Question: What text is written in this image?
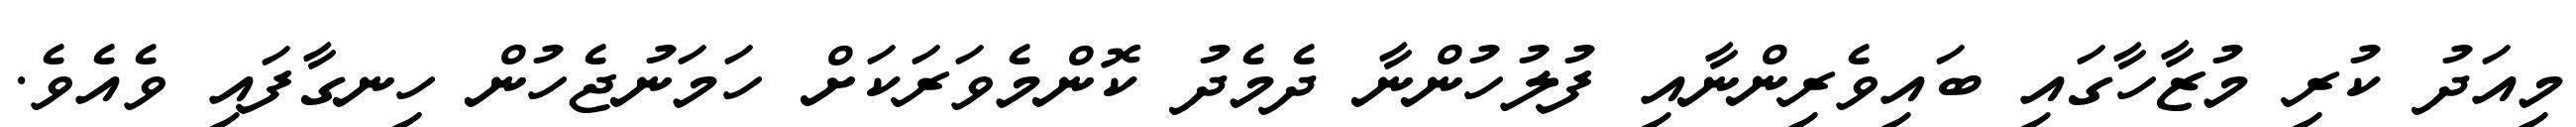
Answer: މިއަދު ކުރި މުޒާހާގައި ބައިވެރިންނާއި ފުލުހުންނާ ދެމެދު ކޮންމެވަރަކަށް ހަމަނުޖެހުން ހިނގާފައި ވެއެވެ.